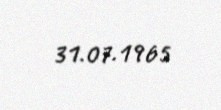
31.07.1965